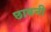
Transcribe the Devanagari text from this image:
छाबनी